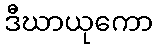
ဒီဃာယုကော